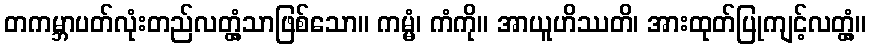
တကမ္ဘာပတ်လုံးတည်လတ္တံ့သာဖြစ်သော။ ကမ္မံ၊ ကံကို။ အာယူဟိဿတိ၊ အားထုတ်ပြုကျင့်လတ္တံ့။